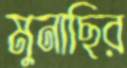
মুনাছির